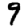
Digit: 9